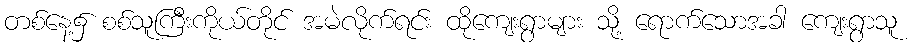
တစ်နေ့၌ စစ်သူကြီးကိုယ်တိုင် အမဲလိုက်ရင်း ထိုကျေးရွာများ သို့ ရောက်သောအခါ ကျေးရွာသူ